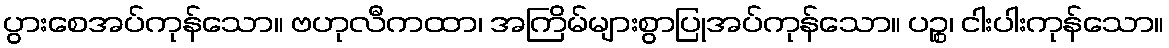
ပွားစေအပ်ကုန်သော။ ဗဟုလီကထာ၊ အကြိမ်များစွာပြုအပ်ကုန်သော။ ပဉ္စ၊ ငါးပါးကုန်သော။